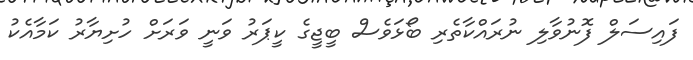
ފައިސަލް ފޮނުވާލި ނުރައްކާތެރި ބޯޅަވެސް ބީޖީގެ ކީޕަރު ވަނީ ވަރަށް ހުށިޔާރު ކަމާއެކު